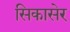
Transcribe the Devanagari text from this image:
सिकासेर